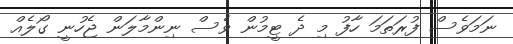
ނަމަވެސް ފުރަތަމަ ހާފު މި ދެ ޓީމުން ވެސް ނިންމާލަން ޖެހުނީ ގޯލެއް